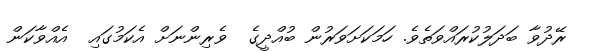
ރޭދުވާ ބަދަލުކުރައްވަތެވެ. ހަމަކަށަވަރުން ބުއްދީގެ  ވެރިންނަށް އެކަމުގައި  އެއްވާކަން